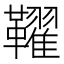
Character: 𩍪